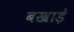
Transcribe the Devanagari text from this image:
बखाड़े